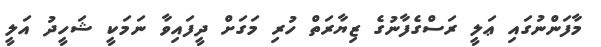
މާފަންނުގައި ޢަލީ ރަސްގެފާނުގެ ޒިޔާރަތް ހުރި މަގަށް ދީފައިވާ ނަމަކީ ޝަހީދު އަލީ